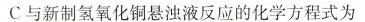
C与新制氢氧化铜悬浊液反应的化学方程式为